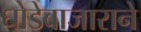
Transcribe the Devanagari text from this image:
घोडेबाजाराने